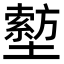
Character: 𡒙